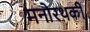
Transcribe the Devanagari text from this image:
मनोरथकी